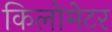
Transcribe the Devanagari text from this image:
किलोमेटर